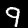
Digit: 9